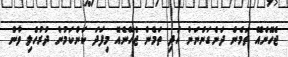
ޖެހޭނެއޭ ތަމެން ދަނެގަންނަން އަދި ތަމެން ޖެހޭނެއޭ މިފަދަ ކަންކަމުން ދުރުހެލި ވާން